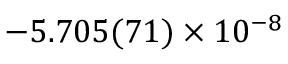
- 5 . 7 0 5 ( 7 1 ) \times 1 0 ^ { - 8 }